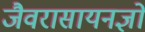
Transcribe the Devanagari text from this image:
जैवरासायनज्ञों